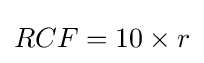
{\textstyle RCF=10\times r}